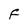
Character: F